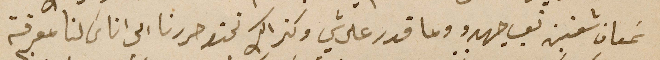
سَمعان شعنين تعب جهدو وما قدر على شي وكذالك نحن حررنا الى اناسَ لنا معرفة